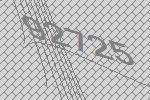
92725